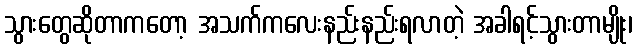
သွားတွေဆိုတာကတော့ အသက်ကလေးနည်းနည်းရလာတဲ့ အခါရင့်သွားတာမျိုး၊